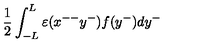
\frac { 1 } { 2 } \int _ { - L } ^ { L } { \varepsilon } ( x ^ { -- } y ^ { - } ) f ( y ^ { - } ) d y ^ { - }